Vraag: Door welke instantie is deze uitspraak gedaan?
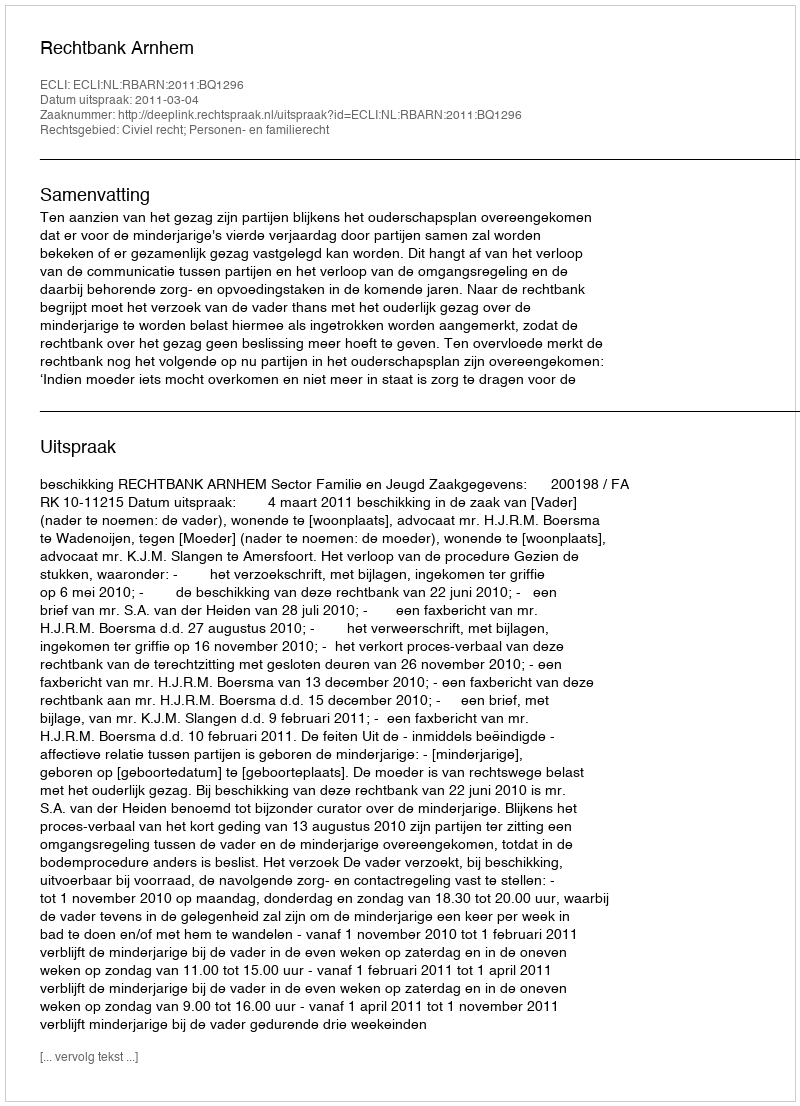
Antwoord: Rechtbank Arnhem